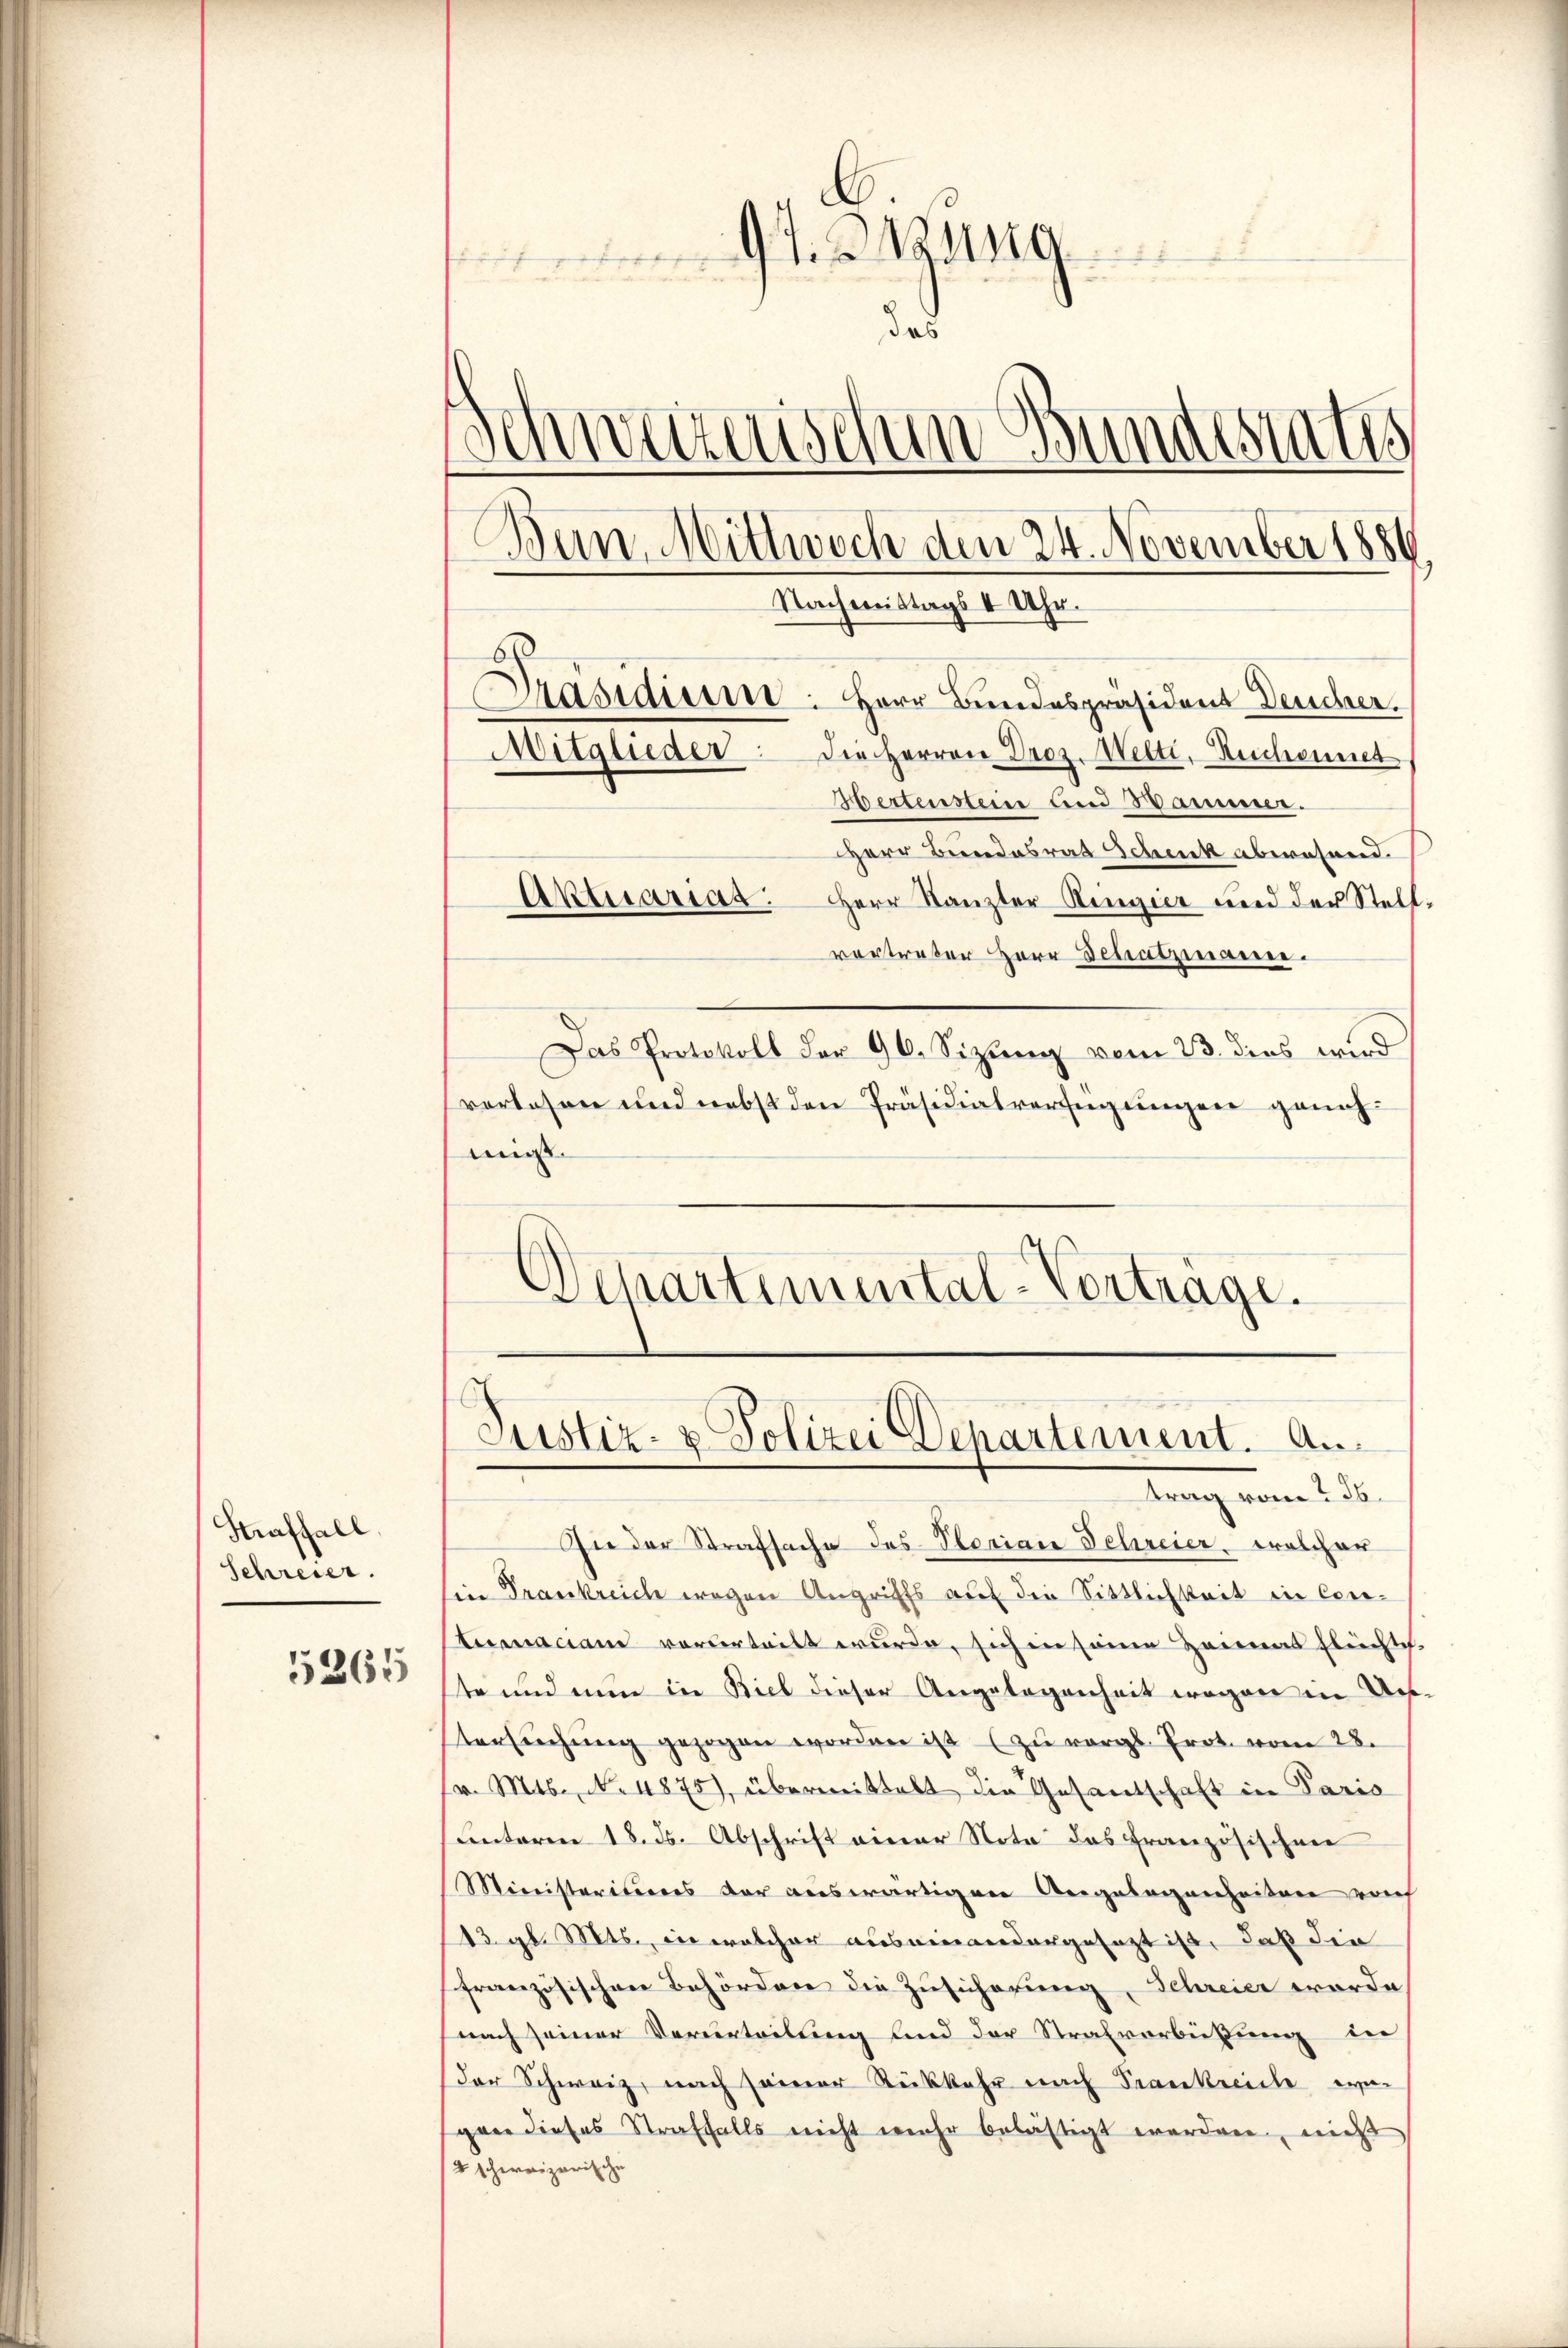
Straffall.
Schreier.
5265

9
das
Schweizerischen Bundestates
Ban, Mittwoch den 24. November 1886
Nachmittags II Uhr.
Präsidium. Herr Bundespräsident Deucher.
Mitglieder: die Herren Droz. Welti, Beschonnet
Hertenstein und Hammer.

Herr Bundesrat Schenk abwesend.
Aktuarias: Herr Kanzler Ringier und der Stellvortreter Herr Schatzmann.
Das Protokoll der 96. Sizung vom 23. dies wird
verlesen und nebst den Präsidialverfügungen genehmigt.
Departimental-Vortrage.

Justiz- & Polizei Departement. An
trag vom 26.

In der Strafsache des Storian Schreier, welcher
in Frankreich wegen Angriffs auf die Sittlichkeit in Con¬
Stumaciam vorderteilt wurde, sich in seine Heimat fleichtch.
ste und nun in Biel dieser Angelegenheit wegen in Austersŭchŭng gezogen worden ist (zu vergl. Prot. vom 28.
v. Mts. No. 4875), übermittelt die Gesantschaft in Paris
unterm 18. ds. Abschrift einer Nota das Französischen
Ministeritiers der auswärtigen Angelegenheiten rech
13 gl. Mts., in welcher aus einandergesezt ist, daß die
französischen Behörden die Zusicherung, Schreier worde
nach seiner Verurteilung und der Strafverbüssung der
Der Schweiz, nach seiner Rückkehr nach Frankreiche wie
gan dieses Straffalls nicht mehr belästigt werden, nicht
2 schereizerische